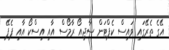
އޭގެ ތެރޭގައި ވައިސް ކެޕްޓަން ސާޖިއޯ ރާމޯސް އާއި އިސްކޯ އާއި ޕެޕޭ